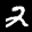
Label: 2